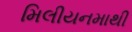
મિલીયનમાથી